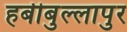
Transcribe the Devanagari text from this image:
हबीबुल्लापुर